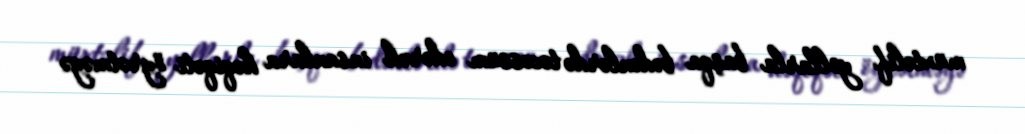
müxtəlif yollarla başqa bədənlərdə təcəssüm edərək insanlara həqiqəti öyrətməyə